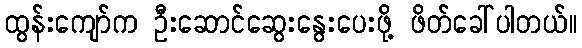
ထွန်းကျော်က ဦးဆောင်ဆွေးနွေးပေးဖို့ ဖိတ်ခေါ်ပါတယ်။